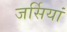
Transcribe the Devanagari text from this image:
जर्सियां